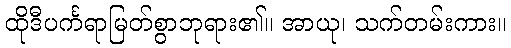
ထိုဒီပင်္ကရာမြတ်စွာဘုရား၏။ အာယု၊ သက်တမ်းကား။